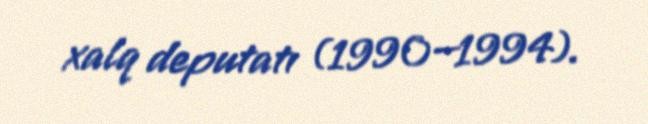
xalq deputatı (1990—1994).